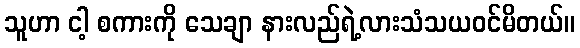
သူဟာ ငါ့ စကားကို သေချာ နားလည်ရဲ့လားသံသယဝင်မိတယ်။